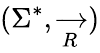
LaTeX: (\Sigma^{*},{\xrightarrow[{R}]{}})